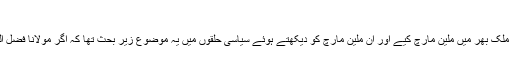
(فوٹو: انٹرنیٹ)
اسلام آباد دھرنے سے قبل جمیعت علمائے اسلام نے جس طرح ملک بھر میں ملین مارچ کیے اور ان ملین مارچ کو دیکھتے ہوئے سیاسی حلقوں میں یہ موضوع زیر بحث تھا کہ اگر مولانا فضل الرحمان اسلام آباد چلے گئے تو دارالخلافہ لاک ڈاؤن ہوجائے گا۔